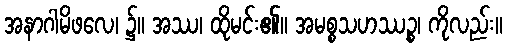
အနာဂါမိဖလေ၊ ၌။ အဿ၊ ထိုမင်း၏။ အမစ္စသဟဿဉ္စ၊ ကိုလည်း။